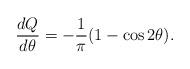
LaTeX: \begin{align*}\frac{dQ}{d\theta} = -\frac{1}{\pi}(1 - \cos 2 \theta).\end{align*}